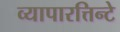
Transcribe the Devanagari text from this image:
व्यापारत्तिन्टे